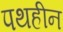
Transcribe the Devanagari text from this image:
पथहीन